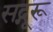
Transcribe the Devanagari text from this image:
सद्गूरू